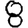
Digit: 8